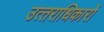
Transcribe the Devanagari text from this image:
उत्‍तराधिकारों